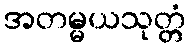
အတမ္မယသုတ္တံ